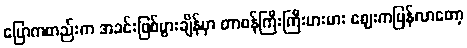
ပြောကတည်းက အခင်းဖြစ်ပွားချိန်မှာ တာဝန်ကြီးကြီးမားမား ဈေးကပြန်လာတော့